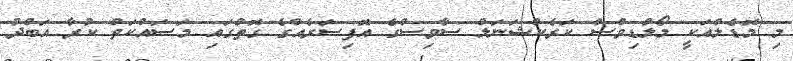
މި މޮޑެލްއަކީ މޯލްޑިވްސް ކަރެކްޝަނަލް ސާވިސްގެ އޮފިސަރެއްގެ ގޮތުގައި މަސައްކަތް ކުރާ އަބްދު